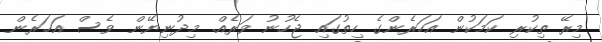
މިރޭ ތިކުރި ކަމަކުން އަހަރެންގެ ހިތުގައި ޖެހުނު ވަރެއް. މިދުނިޔޭން ވެސް އަހަރެން